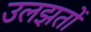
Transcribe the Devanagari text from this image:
उलझतों